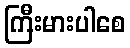
ကြီးမားပါစေ